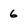
Character: 6